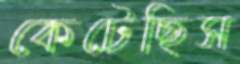
কেটেছিস